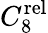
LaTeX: C_{8}^{\mathrm{rel}}